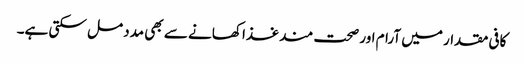
کافی مقدار میں آرام اور صحت مند غذا کھانے سے بھی مدد مل سکتی ہے۔